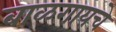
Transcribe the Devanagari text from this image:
बाळगायचे